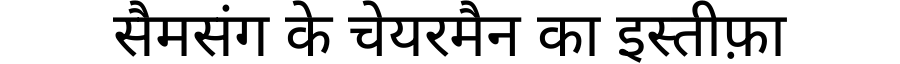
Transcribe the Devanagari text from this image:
सैमसंग के चेयरमैन का इस्तीफ़ा